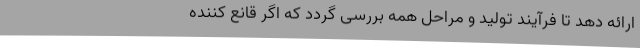
ارائه دهد تا فرآیند تولید و مراحل همه بررسی گردد که اگر قانع کننده